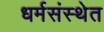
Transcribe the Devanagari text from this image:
धर्मसंस्थेत